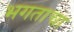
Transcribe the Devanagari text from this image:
भगताचा